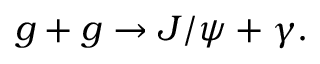
g + g \rightarrow J / \psi + \gamma .